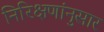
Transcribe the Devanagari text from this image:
निरिक्षणांनुसार